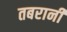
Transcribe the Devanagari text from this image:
तबरानी